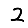
Digit: 2